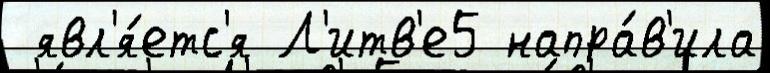
 явл'я́етс'я Л'итв'е5 напра́в'ила